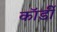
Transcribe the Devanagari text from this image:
कॉर्डी